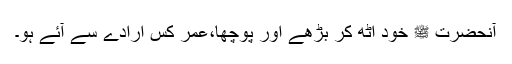
آنحضرت ﷺ خود اُٹھ کر بڑھے اور پوچھا،عمر کس ارادے سے آئے ہو۔